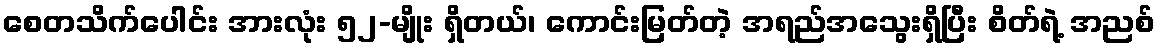
စေတသိက်ပေါင်း အားလုံး ၅၂-မျိုး ရှိတယ်၊ ကောင်းမြတ်တဲ့ အရည်အသွေးရှိပြီး စိတ်ရဲ့ အညစ်